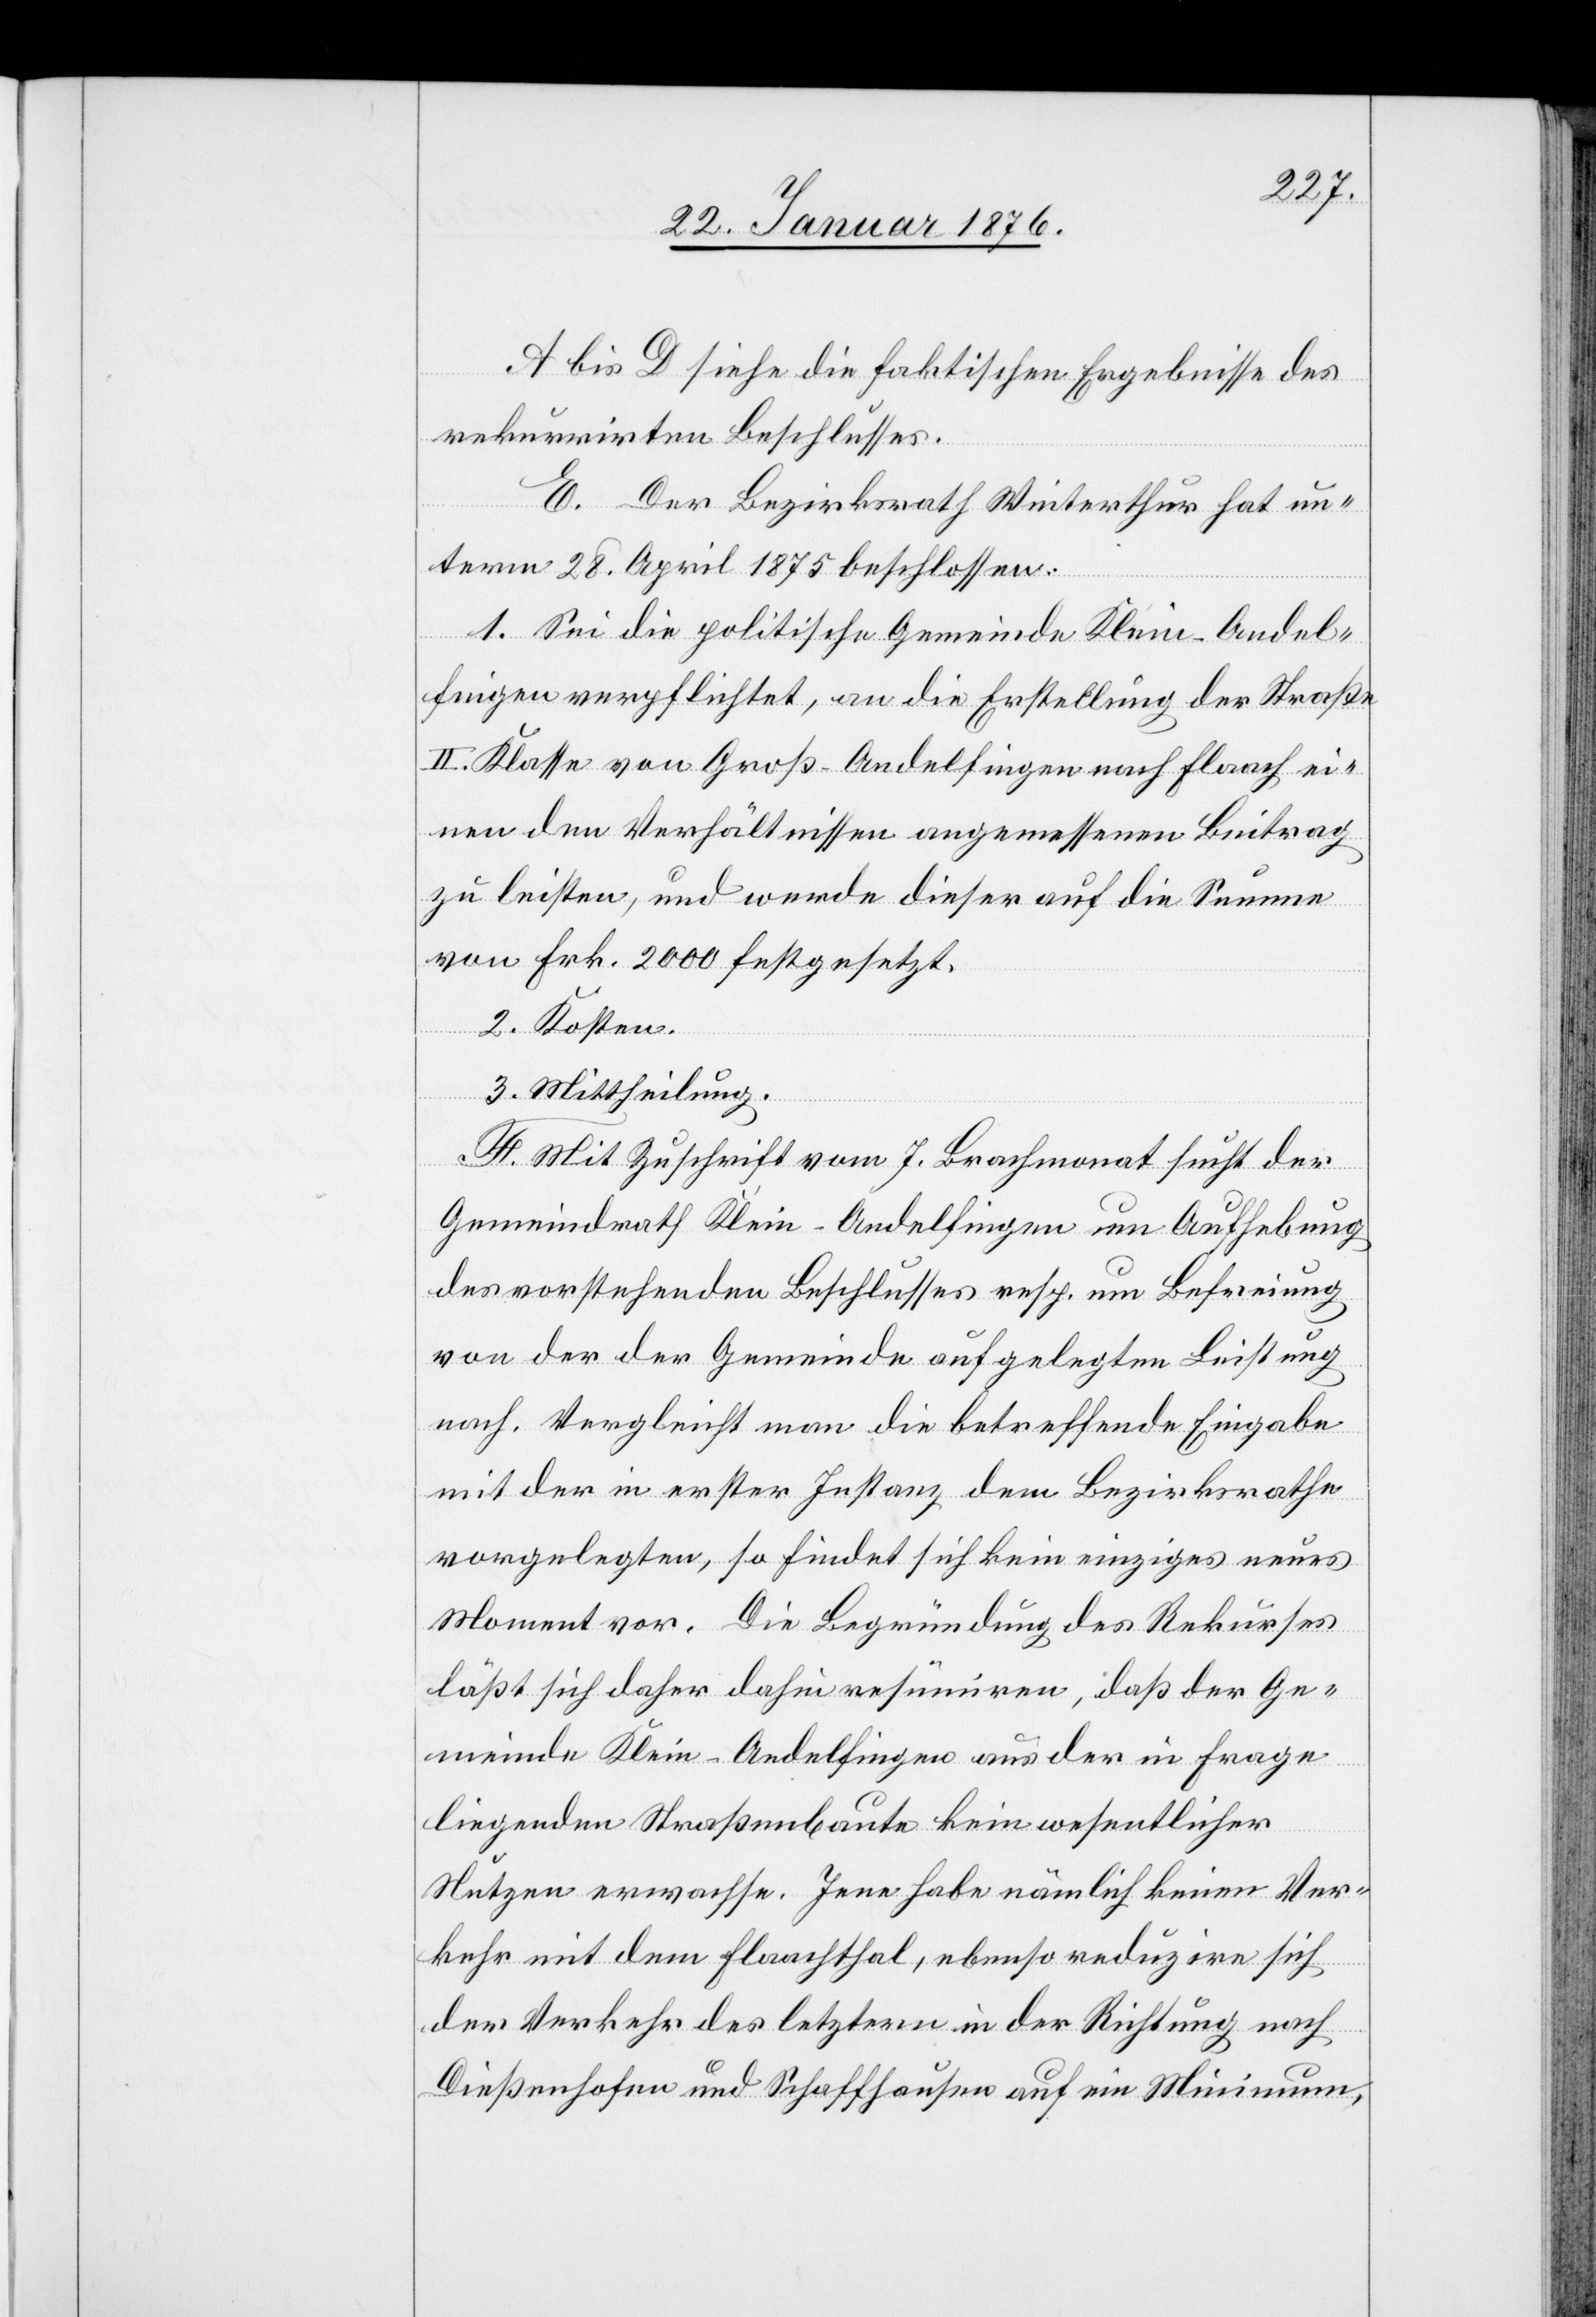
A bis D siehe die faktischen Ergebnisse des
rekurrirten Beschlusses.
E. Der Bezirksrath Winterthur hat un¬
term 28. April 1875 beschlossen:
1. Sei die politische Gemeinde Klein-Andel¬
fingen verpflichtet, an die Erstellung der Straße
II. Klasse von Groß-Andelfingen nach Flaach ei¬
nen dem Verhältnisse angemessenen Beitrag
zu leisten, und werde dieser auf die Summe
von Frk. 2000 festgesetzt.
2. Kosten.
3. Mittheilung.
F. Mit Zuschrift vom 7. Brachmonat sucht der
Gemeindrath Klein-Andelfingen um Aufhebung
des vorstehenden Beschlusses resp. um Befreiung
von der der Gemeinde aufgelegten Leistung
nach. Vergleicht man die betreffende Eingabe
mit der in erster Instanz dem Bezirksrathe
vorgelegten, so findet sich kein einziges neues
Moment vor. Die Begründung des Rekurses
läßt sich daher dahin resümiren, daß der Ge¬
meinde Klein-Andelfingen aus der in Frage
liegenden Straßenbaute kein wesentlicher
Nutzen erwachse. Jene habe nämlich keinen Ver¬
kehr mit dem Flaachthal, ebenso reduzire sich
der Verkehr des letztern in der Richtung nach
Dießenhofen und Schaffhausen auf ein Minimum,